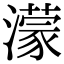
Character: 濛